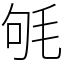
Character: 㲒